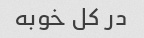
در کل خوبه